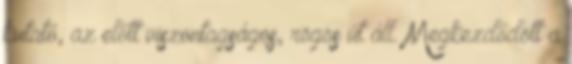
kutató, az előtt viszontagságos, rögös út áll. Megkezdődött a